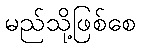
မည်သို့ဖြစ်စေ